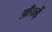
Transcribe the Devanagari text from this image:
आँकड़ें